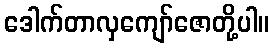
ဒေါက်တာလှကျော်ဇောတို့ပါ။